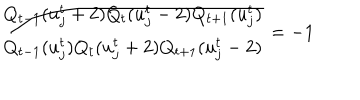
LaTeX: \frac { Q _ { t - 1 } ( u _ { j } ^ { t } + 2 ) Q _ { t } ( u _ { j } ^ { t } - 2 ) Q _ { t + 1 } ( u _ { j } ^ { t } ) } { Q _ { t - 1 } ( u _ { j } ^ { t } ) Q _ { t } ( u _ { j } ^ { t } + 2 ) Q _ { t + 1 } ( u _ { j } ^ { t } - 2 ) } = - 1